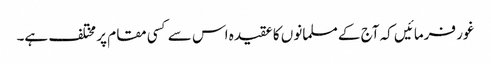
غور فرمائیں کہ آج کے مسلمانوں کا عقیدہ اس سے کسی مقام پر مختلف ہے۔